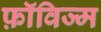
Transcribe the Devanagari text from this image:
फ़ॉविज्म